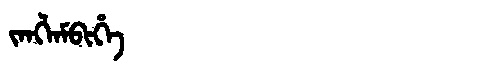
Manchu: ᠵᠠᠩᠯᠠᠮᠪᡳᡥᡝ
Romanization: JANGLAMBIHE